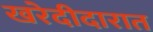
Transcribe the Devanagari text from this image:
खरेदीदारात